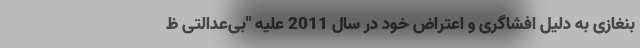
بنغازی به دلیل افشاگری و اعتراض خود در سال 2011 علیه "بی‌عدالتی ظ